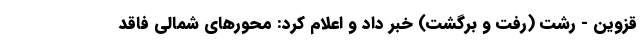
قزوین - رشت (رفت و برگشت) خبر داد و اعلام کرد: محورهای شمالی فاقد